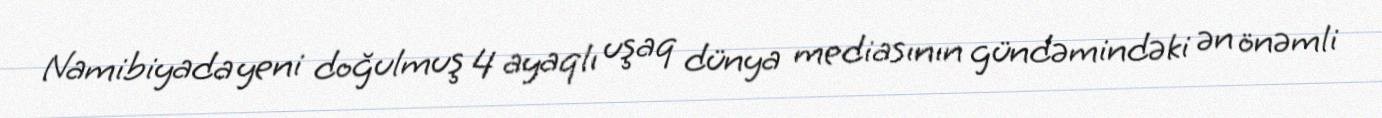
Namibiyada yeni doğulmuş 4 ayaqlı uşaq dünya mediasının gündəmindəki ən önəmli